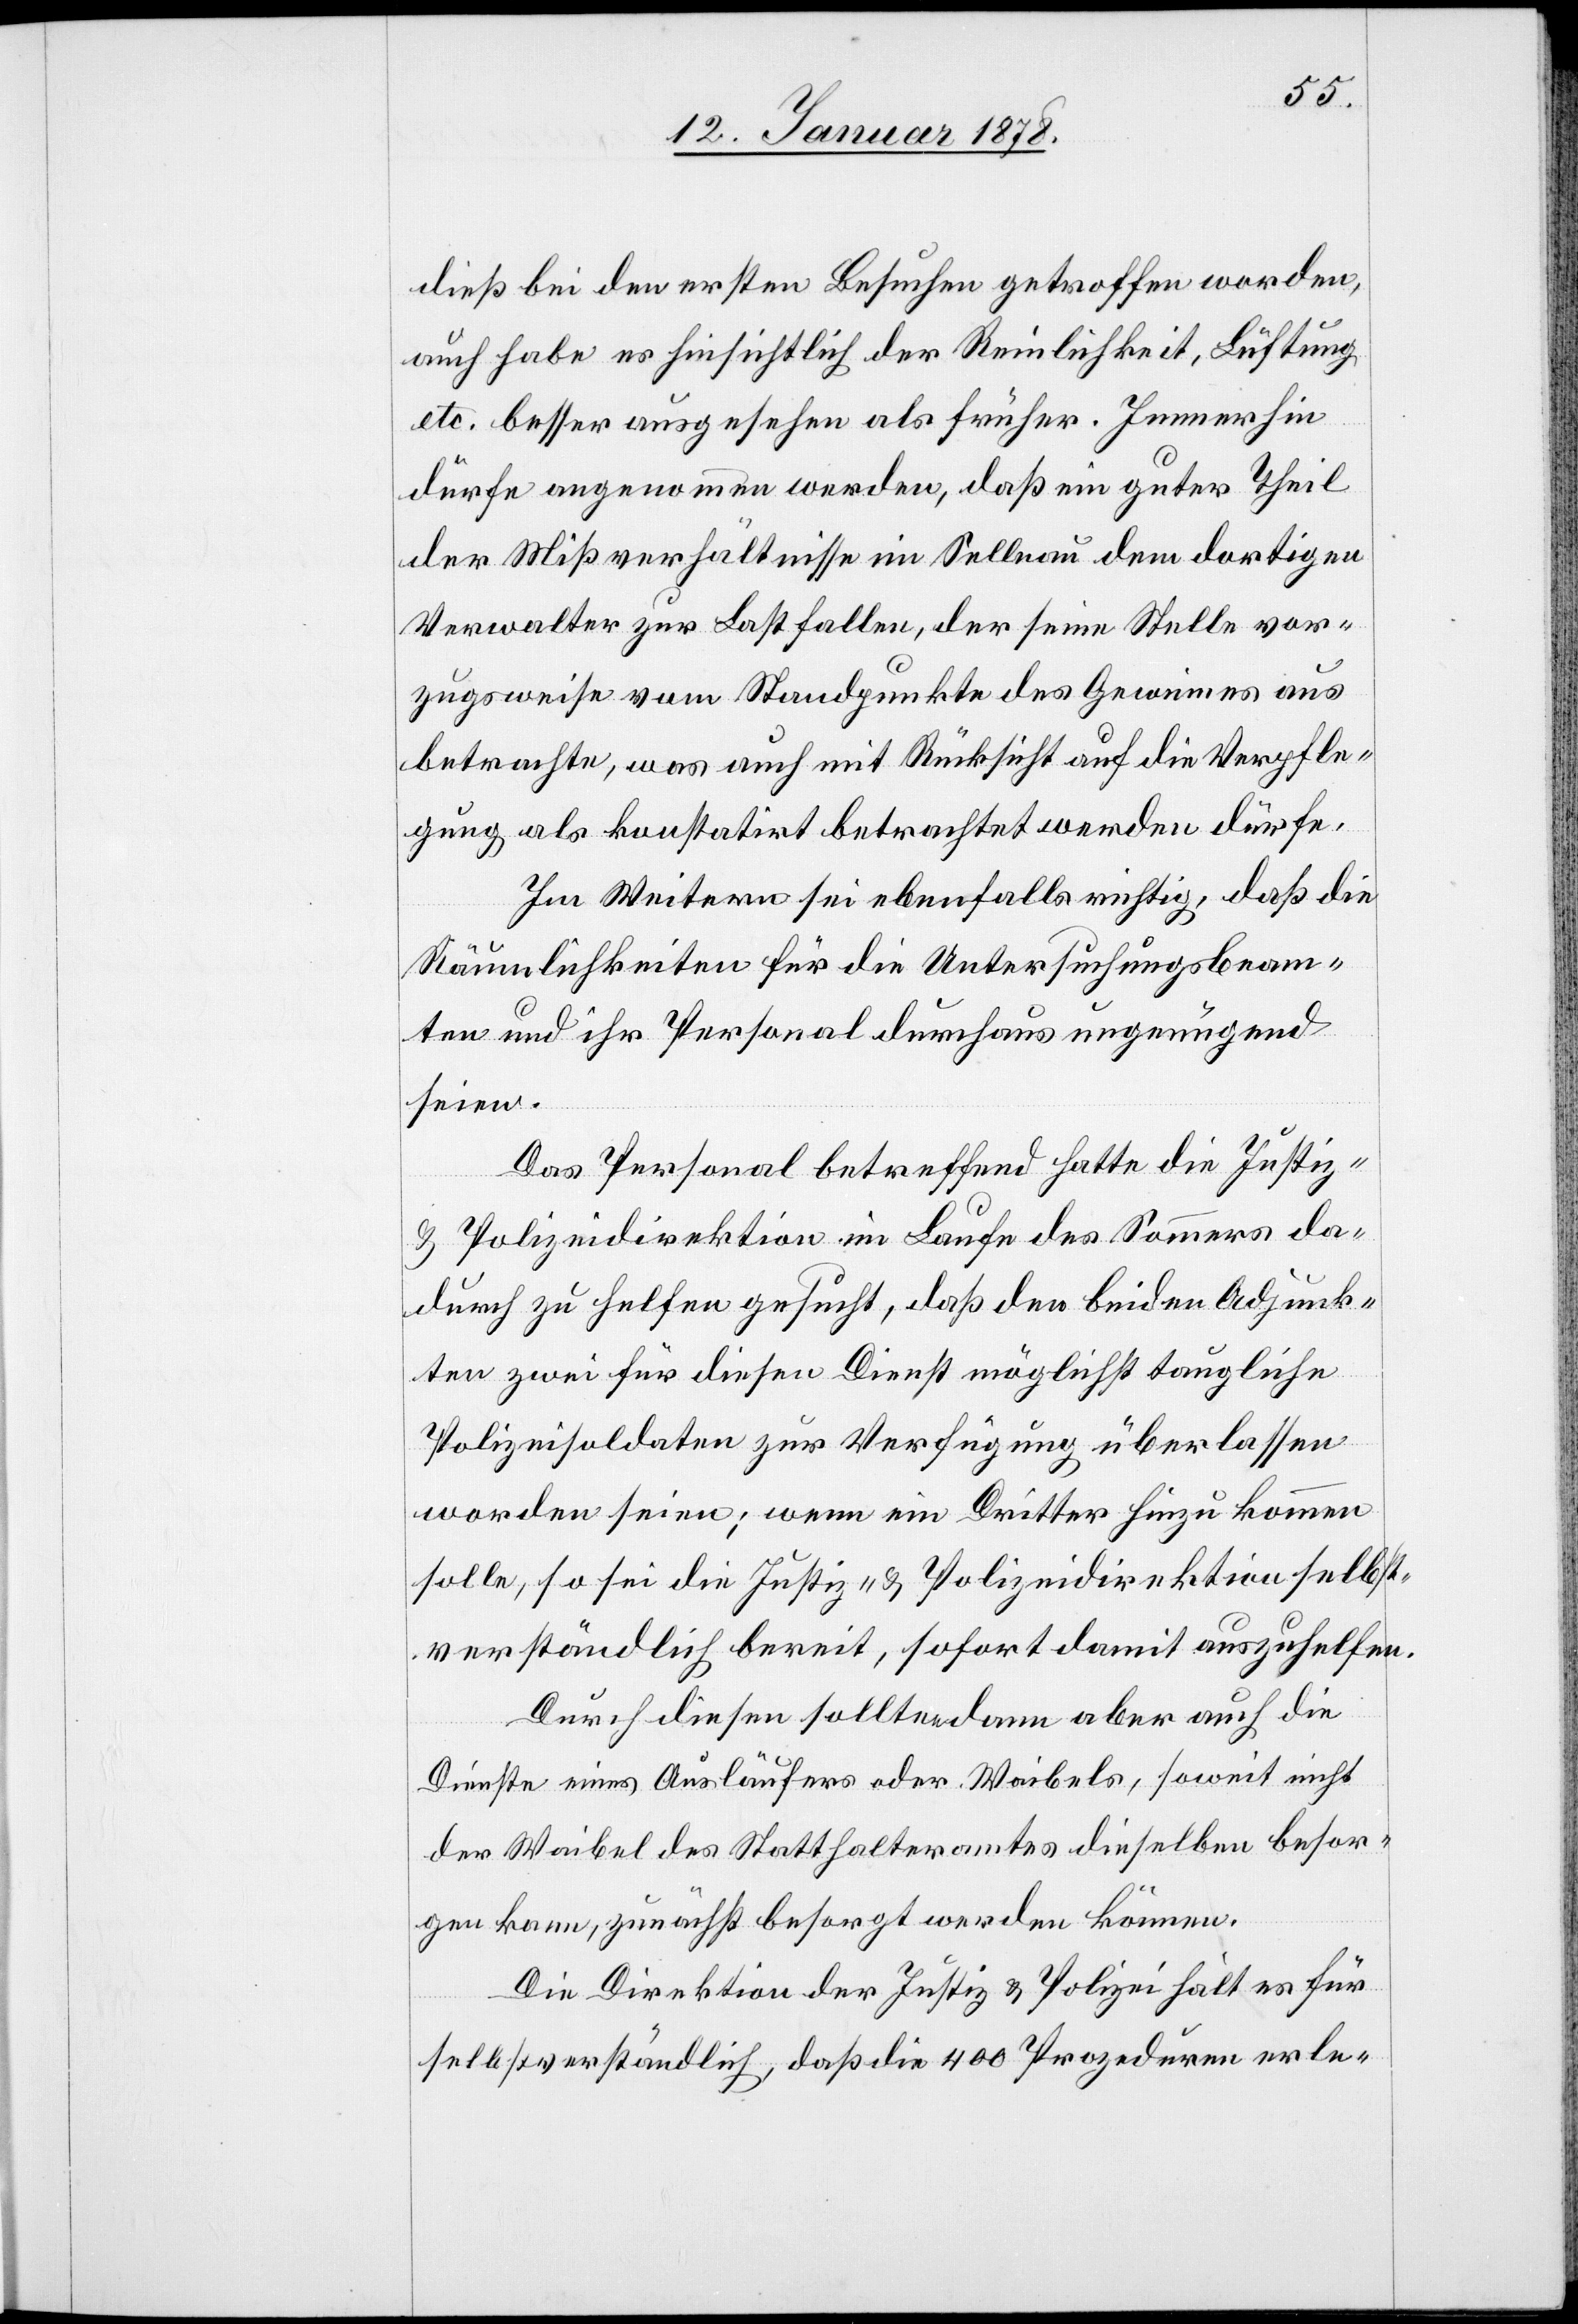
dieß bei den ersten Besuchen getroffen worden
auch habe es hinsichtlich der Reinlichkeit, Lüftung,
etc. besser ausgesehen als früher. Immerhin
dürfe angenommen werden, daß ein guter Theil
der Mißverhältnisse im Sellnau dem dortigen
Verwalter zur Last fallen, der seine Stelle vor¬
zugsweise vom Standpunkte des Gewinnes aus
betrachte, was auch mit Rücksicht auf die Verpflich¬
tung als konstatirt betrachtet werden dürfe.
Im Weitern sei ebenfalls richtig, daß die
Räumlichkeiten für die Untersuchungsbeam¬
ten und ihr Personal durchaus ungenügend
seien.
Das Personal betreffend hatte die Justiz-
& Polizeidirektion im Laufe des Sommers da¬
durch zu helfen gesucht, daß den beiden Adjunk¬
ten zwei für diesen Dienst möglichst taugliche
Polizeisoldaten zur Verfügung überlassen
worden seien; wenn ein Dritter hinzu kommen
solle, so sei die Justiz- & Polizeidirektion selbst¬
verständlich bereit, sofort damit auszuhelfen.
Durch diesen sollten dann aber auch die
Dienste eines Ausläufers oder Waibels, soweit nicht
der Waibel des Statthalteramtes dieselben besor¬
gen kann, zunächst besorgt werden können.
Die Direktion der Justiz & Polizei hält es für
selbstverständlich, daß die 400 Prozeduren erle-